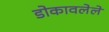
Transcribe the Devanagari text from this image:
डोकावलेले